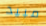
مبيد